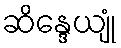
ဆိန္ဒေယျုံ